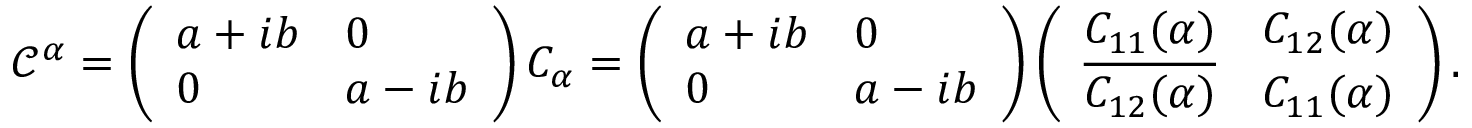
\begin{array} { r } { \mathcal { C } ^ { \alpha } = \left( \begin{array} { l l } { a + i b } & { 0 } \\ { 0 } & { a - i b } \end{array} \right) C _ { \alpha } = \left( \begin{array} { l l } { a + i b } & { 0 } \\ { 0 } & { a - i b } \end{array} \right) \left( \begin{array} { l l } { C _ { 1 1 } ( \alpha ) } & { C _ { 1 2 } ( \alpha ) } \\ { \overline { { C _ { 1 2 } ( \alpha ) } } } & { C _ { 1 1 } ( \alpha ) } \end{array} \right) . } \end{array}